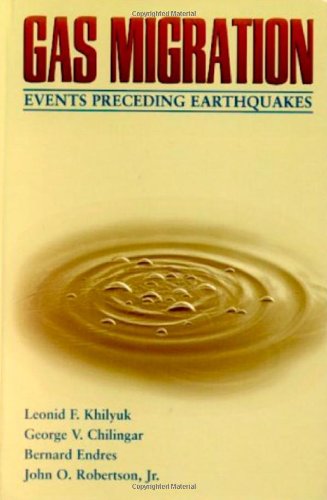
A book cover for Gas Migration: Events Preceding Earthquakes (Petroleum Engineering S); Leonid F. Khilyuk Ph.D. Ph.D.; Science & Math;